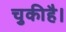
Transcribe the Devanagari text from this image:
चुकीहै।